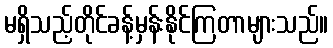
မရှိသည့်တိုင်ခန့်မှန်းနိုင်ကြတာများသည်။